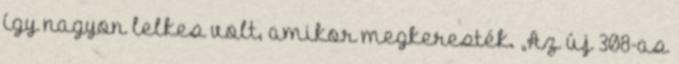
így nagyon lelkes volt, amikor megkeresték. „Az új 308-as